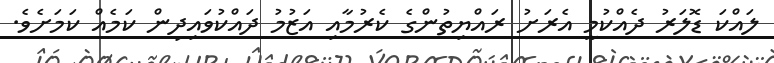
ލައްކަ ޑޮލަރު ދެއްކުމީ އެރަށު ރައްޔިތުންގެ ކެރުމާއި އަޒުމު ދައްކުވައިދިން ކަމެއް ކަމަށެވެ.